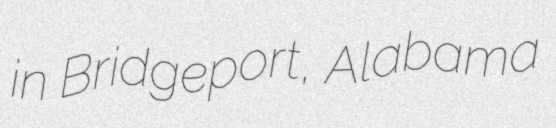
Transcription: in Bridgeport, Alabama